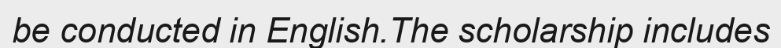
be conducted in English.The scholarship includes